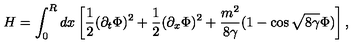
H = \int _ { 0 } ^ { R } d x \left[ \frac { 1 } { 2 } ( \partial _ { t } \Phi ) ^ { 2 } + \frac { 1 } { 2 } ( \partial _ { x } \Phi ) ^ { 2 } + \frac { m ^ { 2 } } { 8 \gamma } ( 1 - \cos { \sqrt { 8 \gamma } } \Phi ) \right] ,